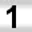
Digit: 1